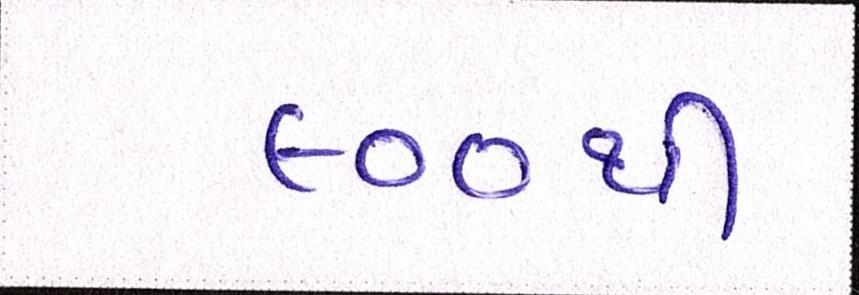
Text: ૯૦૦થી